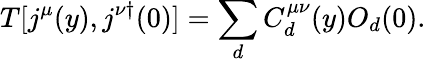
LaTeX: T[j^{\mu}(y),j^{\nu\dagger}(0)]=\sum_{d}C_{d}^{\mu\nu}(y)O_{d}(0).